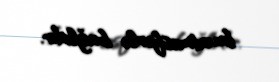
bu atmosferlə bağlıdır.